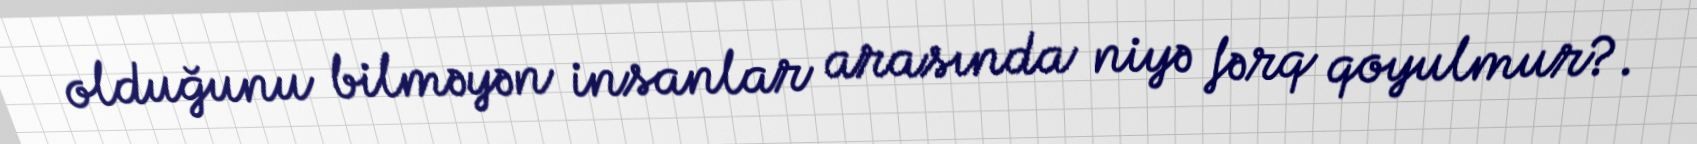
olduğunu bilməyən insanlar arasında niyə fərq qoyulmur?.